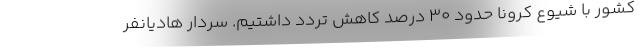
کشور با شیوع کرونا حدود 30 درصد کاهش تردد داشتیم. سردار هادیانفر